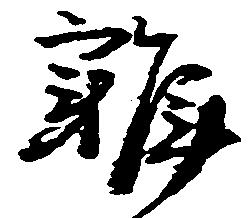
雑